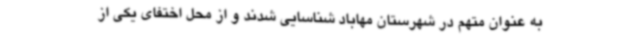
به عنوان متهم در شهرستان مهاباد شناسایی شدند و از محل اختفای یکی از